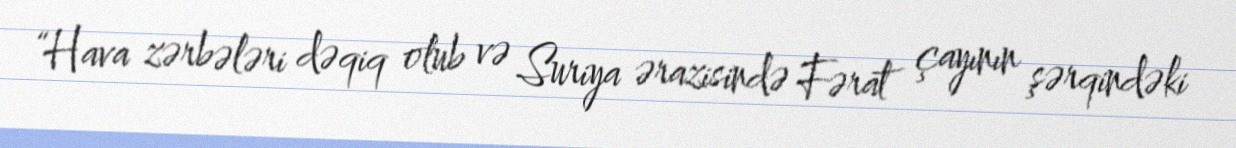
“Hava zərbələri dəqiq olub və Suriya ərazisində Fərat çayının şərqindəki